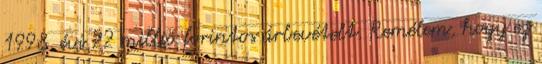
1998. évi 22 millió forintos árbevételt. Remélem, hogy ez